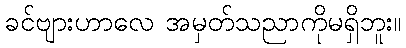
ခင်ဗျားဟာလေ အမှတ်သညာကိုမရှိဘူး။